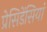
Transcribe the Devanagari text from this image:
प्रेसिडेंसियां